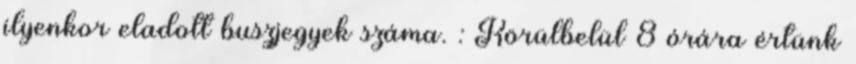
ilyenkor eladott buszjegyek száma. : Körülbelül 8 órára értünk